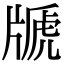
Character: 𤗢